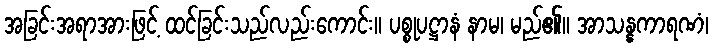
အခြင်းအရာအားဖြင့် ထင်ခြင်းသည်လည်းကောင်း။ ပစ္စုပဋ္ဌာနံ နာမ၊ မည်၏။ အာသန္နကာရဏံ၊